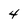
Character: 4